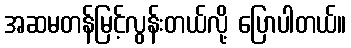
အဆမတန်မြင့်လွန်းတယ်လို့ ပြောပါတယ်။